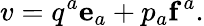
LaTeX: v=q^{a}\mathbf{e}_{a}+p_{a}\mathbf{f}^{a}.